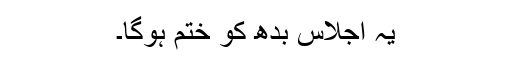
یہ اجلاس بدھ کو ختم ہوگا۔